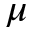
\mu